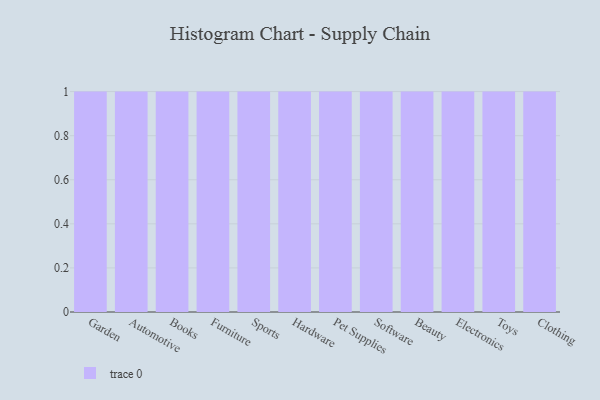
{"axis": {"x": "Category", "y": "Customer Acquisition Cost (USD)"}, "legend": [""], "data": [{"x": "Garden", "y": 100, "type": ""}, {"x": "Automotive", "y": 71, "type": ""}, {"x": "Books", "y": 48, "type": ""}, {"x": "Furniture", "y": 79, "type": ""}, {"x": "Sports", "y": 62, "type": ""}, {"x": "Hardware", "y": 53, "type": ""}, {"x": "Pet Supplies", "y": 45, "type": ""}, {"x": "Software", "y": 29, "type": ""}, {"x": "Beauty", "y": 23, "type": ""}, {"x": "Electronics", "y": 29, "type": ""}, {"x": "Toys", "y": 72, "type": ""}, {"x": "Clothing", "y": 58, "type": ""}]}